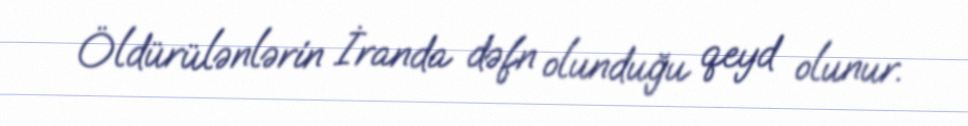
Öldürülənlərin İranda dəfn olunduğu qeyd olunur.